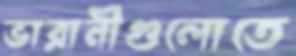
ভারানীগুলোতে